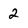
Character: 2